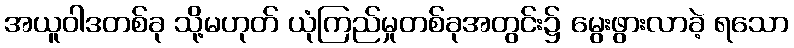
အယူဝါဒတစ်ခု သို့မဟုတ် ယုံကြည်မှုတစ်ခုအတွင်း၌ မွေးဖွားလာခဲ့ ရသော